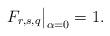
LaTeX: \begin{align*}F_{r,s,q}\big|_{\alpha=0}=1.\end{align*}